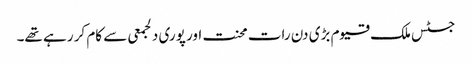
جسٹس ملک قیوم بڑی دن رات محنت اور پوری دلجمعی سے کام کر رہے تھے۔